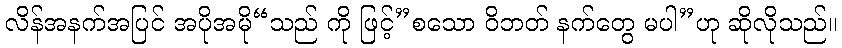
လိန်အနက်အပြင် အပိုအမို“သည် ကို ဖြင့်”စသော ဝိဘတ် နက်တွေ မပါ”ဟု ဆိုလိုသည်။